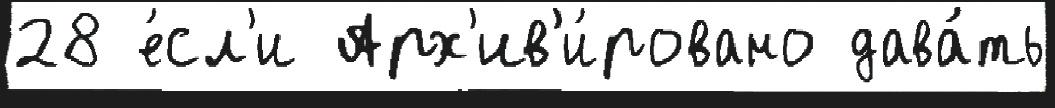
28 е́сл'и Арх'ив'и́ровано дава́ть